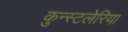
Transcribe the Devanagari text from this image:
कुन्स्टलेरिया